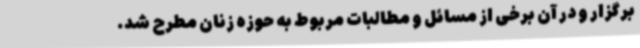
برگزار و در آن برخی از مسائل و مطالبات مربوط به حوزه زنان مطرح شد.